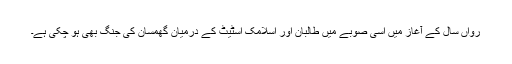
رواں سال کے آغاز میں اسی صوبے میں طالبان اور اسلامک اسٹیٹ کے درمیان گھمسان کی جنگ بھی ہو چکی ہے۔